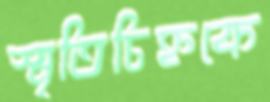
স্মৃতিচিহ্নকে